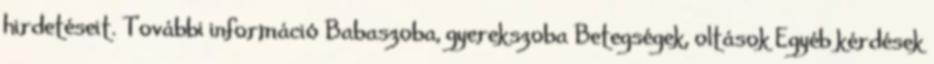
hirdetéseit. További információ Babaszoba, gyerekszoba Betegségek, oltások Egyéb kérdések